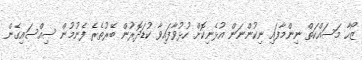
ޒޯހާ މަސައްކަތް ނިންމާފައި ނިކުންނަން އުޅެނިކޮށް ހުޅުވާފައިވާ ކުޑަދޮރުން ބޭރުތެރެ ފެނުމުން ސިއްސައިގެން